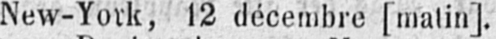
New-York, 12 décembre [matin].